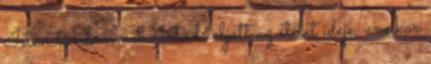
Isten türelemmel várt, de eljött az ítélet ideje, amikor